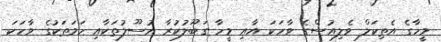
މީހާގެ އެތިކަލް ވެލިއުސްގެ ވާހަކަ އާއި މީހާ ގަބޫލުކުރާ އުސޫލުތަކާއި ހަމަތަކުގެ ވާހަކަ